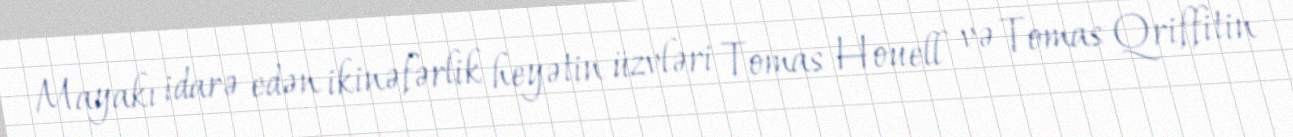
Mayakı idarə edən ikinəfərlik heyətin üzvləri Tomas Houell və Tomas Qriffitin